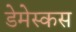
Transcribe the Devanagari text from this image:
डेमेस्कस